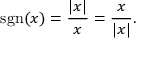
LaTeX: \operatorname { s g n } ( x ) = { \frac { | x | } { x } } = { \frac { x } { | x | } } .